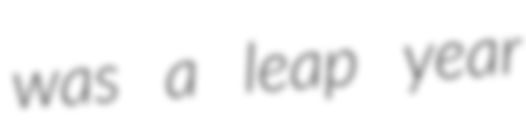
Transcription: was a leap year